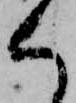
く